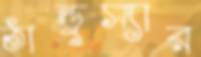
ঠান্ডুস্যার